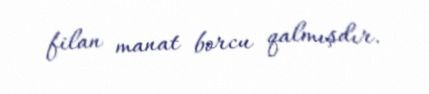
filan manat borcu qalmışdır.